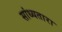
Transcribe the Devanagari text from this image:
सांध्यतारा